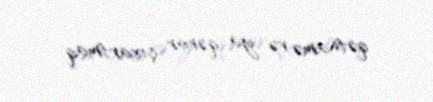
qətnamə və ya qərar çıxartmaq.